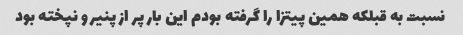
نسبت به قبلکه همین پیتزا را گرفته بودم این بار پر از پنیر و نپخته بود